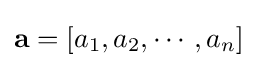
\mathbf {a} =[a_{1},a_{2},\cdots ,a_{n}]